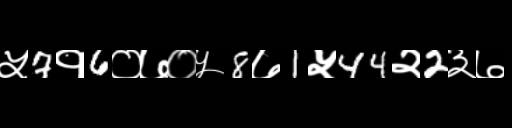
Text: ५7१6०७०५8७1५44२2३७